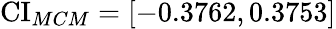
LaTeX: \operatorname{CI}_{MCM}=[-0.3762,0.3753]